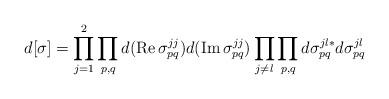
LaTeX: \begin{align*} d[\sigma] = \prod_{j=1}^2 \prod_{p,q} d({\rm Re}\,\sigma_{pq}^{jj}) d({\rm Im}\,\sigma_{pq}^{jj}) \prod_{j\neq l} \prod_{p,q} d\sigma_{pq}^{jl*} d\sigma_{pq}^{jl}\end{align*}